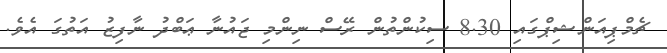
ޗެމްޕިއަންޝިޕްގައި 8.30 ސިކުންތުން ރޭސް ނިންމި ޖައުނާ ޢަބްދު ނާފިޒު އަތުގަ އެވެ.